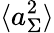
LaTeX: \langle a_{\Sigma}^{2}\rangle